Leprosy in India: report of the Leprosy Commission in India, 1890-91
Year: 1890
Disease focus: Leprosy
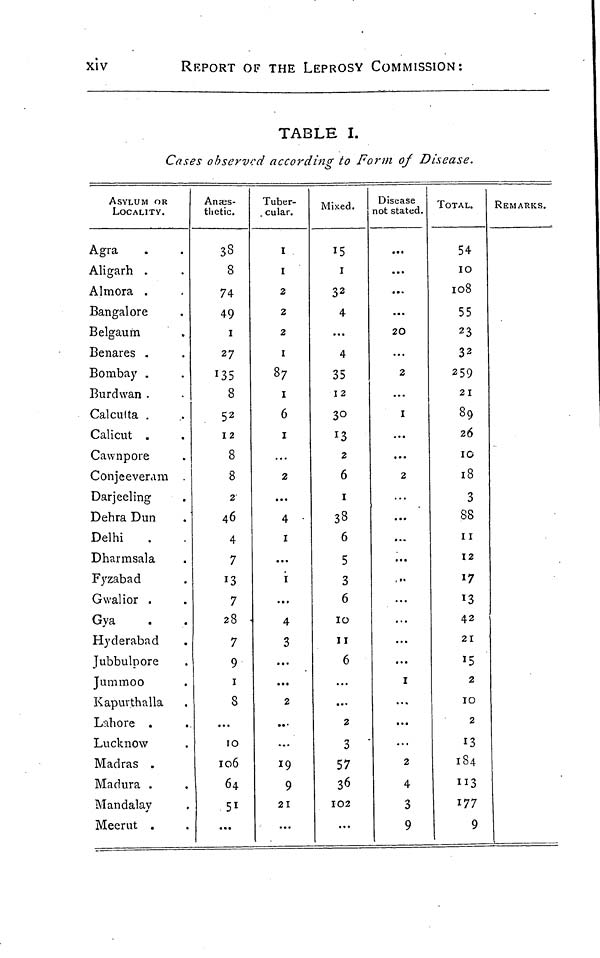
xiv
REPORT OF THE LEPROSY COMMISSION:
TABLE I.
Cases observed according to Form of Disease.
ASYLUM OR
LOCALITY.
Agra . .
Aligarh . .
Almora . .
Bangalore .
Belgaum .
Benares . .
Bombay . .
Burdwan . .
Calcutta . .
Calicut . .
Cawnpore .
Conjeeveram . .
Darjeeling .
Dehra Dun .
Delhi . .
D harm sala .
Fyzabad .
Gwalior . .
Gya . .
Hyderabad .
Jubbulpore .
Jummoo .
Kapurthalla .
Lahore .
Lucknow .
Madras .
Madura . .
Mandalay .
Meerut . .
Anaes-
thetic.
38
8
74
49
1
27
135
8
52
12
8
8
2
46
4
7
13
7
28
7
9
1
8
...
10
106
64
51
...
Tuber-
. cular.
1
1
2
2
2
1
87
1
6
1
...
2
...
4
1
...
1
...
4
3
...
...
2
...
...
19
9
21
...
Mixed.
15
1
32
4
...
4
35
12
30
13
2
6
1
38
6
5
3
6
10
11
6
...
...
2
3
57
36
102
...
Disease
not stated.
...
...
...
...
20
...
2
...
1
...
...
2
...
...
...
...
...
...
...
...
...
I
...
...
...
2
4
3
9
TOTAL.
54
10
108
55
23
32
259
21
89
26
10
18
3
88
11
12
17
13
42
21
15
2
10
2
13
184
113
177
9
REMARKS.